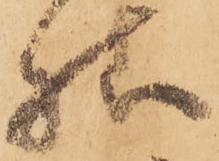
様